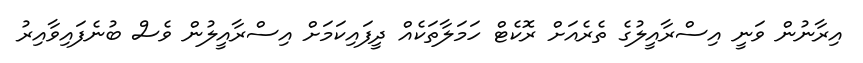
އިރާނުން ވަނީ އިސްރާއީލުގެ ތެރެއަށް ރޮކެޓް ހަމަލާތަކެއް ދީފައިކަމަށް އިސްރާއީލުން ވެސް ބުނެފައިވާއިރު